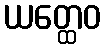
ယတ္ထေဝ